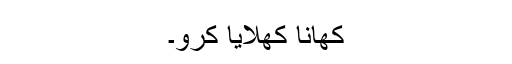
کھانا کھلایا کرو۔